Civil Veterinary Department. Central Provinces & Berar 1925-31 - 1925-1931
Year: 1925
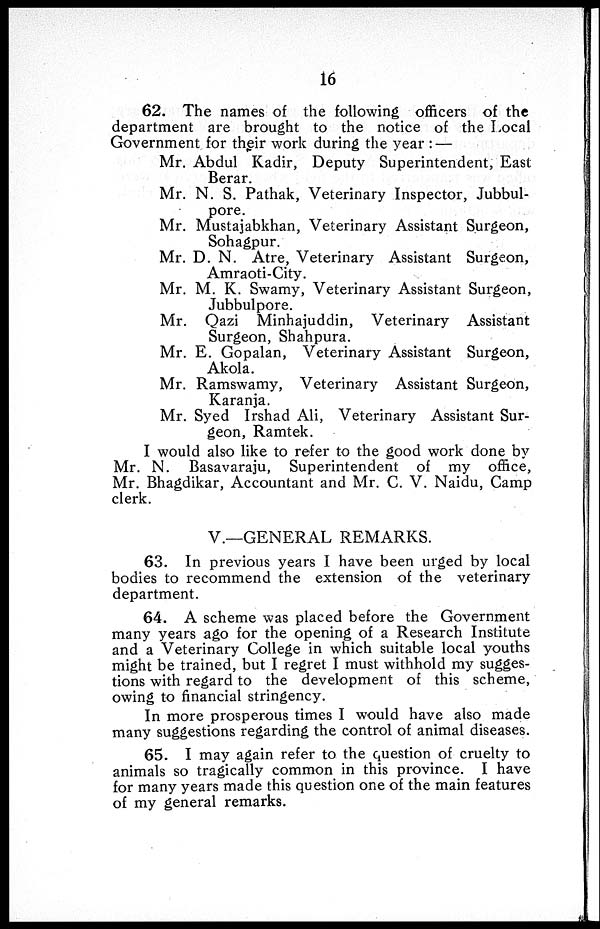
16
62. The names of the following officers of the
department are brought to the notice of the Local
Government for their work during the year:—
Mr. Abdul Kadir, Deputy Superintendent, East
Berar.
Mr. N. S. Pathak, Veterinary Inspector, Jubbul-
pore.
Mr. Mustajabkhan, Veterinary Assistant Surgeon,
Sohagpur.
Mr. D. N. Atre, Veterinary Assistant Surgeon,
Amraoti-City.
Mr. M. K. Swamy, Veterinary Assistant Surgeon,
Jubbulpore.
Mr. Qazi Minhajuddin, Veterinary Assistant
Surgeon, Shahpura.
Mr. E. Gopalan, Veterinary Assistant Surgeon,
Akola.
Mr. Ramswamy, Veterinary Assistant Surgeon,
Karanja.
Mr. Syed Irshad Ali, Veterinary Assistant Sur-
geon, Ramtek.
I would also like to refer to the good work done by
Mr. N. Basavaraju, Superintendent of my office,
Mr. Bhagdikar, Accountant and Mr. C. V. Naidu, Camp
clerk.
V.—GENERAL REMARKS.
63. In previous years I have been urged by local
bodies to recommend the extension of the veterinary
department.
64. A scheme was placed before the Government
many years ago for the opening of a Research Institute
and a Veterinary College in which suitable local youths
might be trained, but I regret I must withhold my sugges-
tions with regard to the development of this scheme,
owing to financial stringency.
In more prosperous times I would have also made
many suggestions regarding the control of animal diseases.
65. I may again refer to the question of cruelty to
animals so tragically common in this province. I have
for many years made this question one of the main features
of my general remarks.